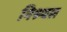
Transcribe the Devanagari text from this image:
निश्र्चल